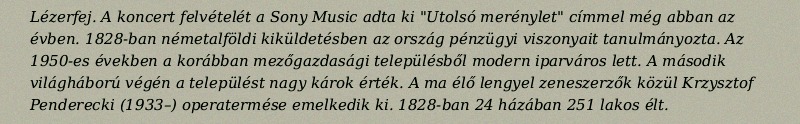
Lézerfej. A koncert felvételét a Sony Music adta ki "Utolsó merénylet" címmel még abban az évben. 1828-ban németalföldi kiküldetésben az ország pénzügyi viszonyait tanulmányozta. Az 1950-es években a korábban mezőgazdasági településből modern iparváros lett. A második világháború végén a települést nagy károk érték. A ma élő lengyel zeneszerzők közül Krzysztof Penderecki (1933–) operatermése emelkedik ki. 1828-ban 24 házában 251 lakos élt.